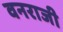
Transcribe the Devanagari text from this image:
वनराजी